Bréfritari: Þórarinn Stefánsson
Dagsetning: A-1923-10-03
Skrifað á: Vesturheimi

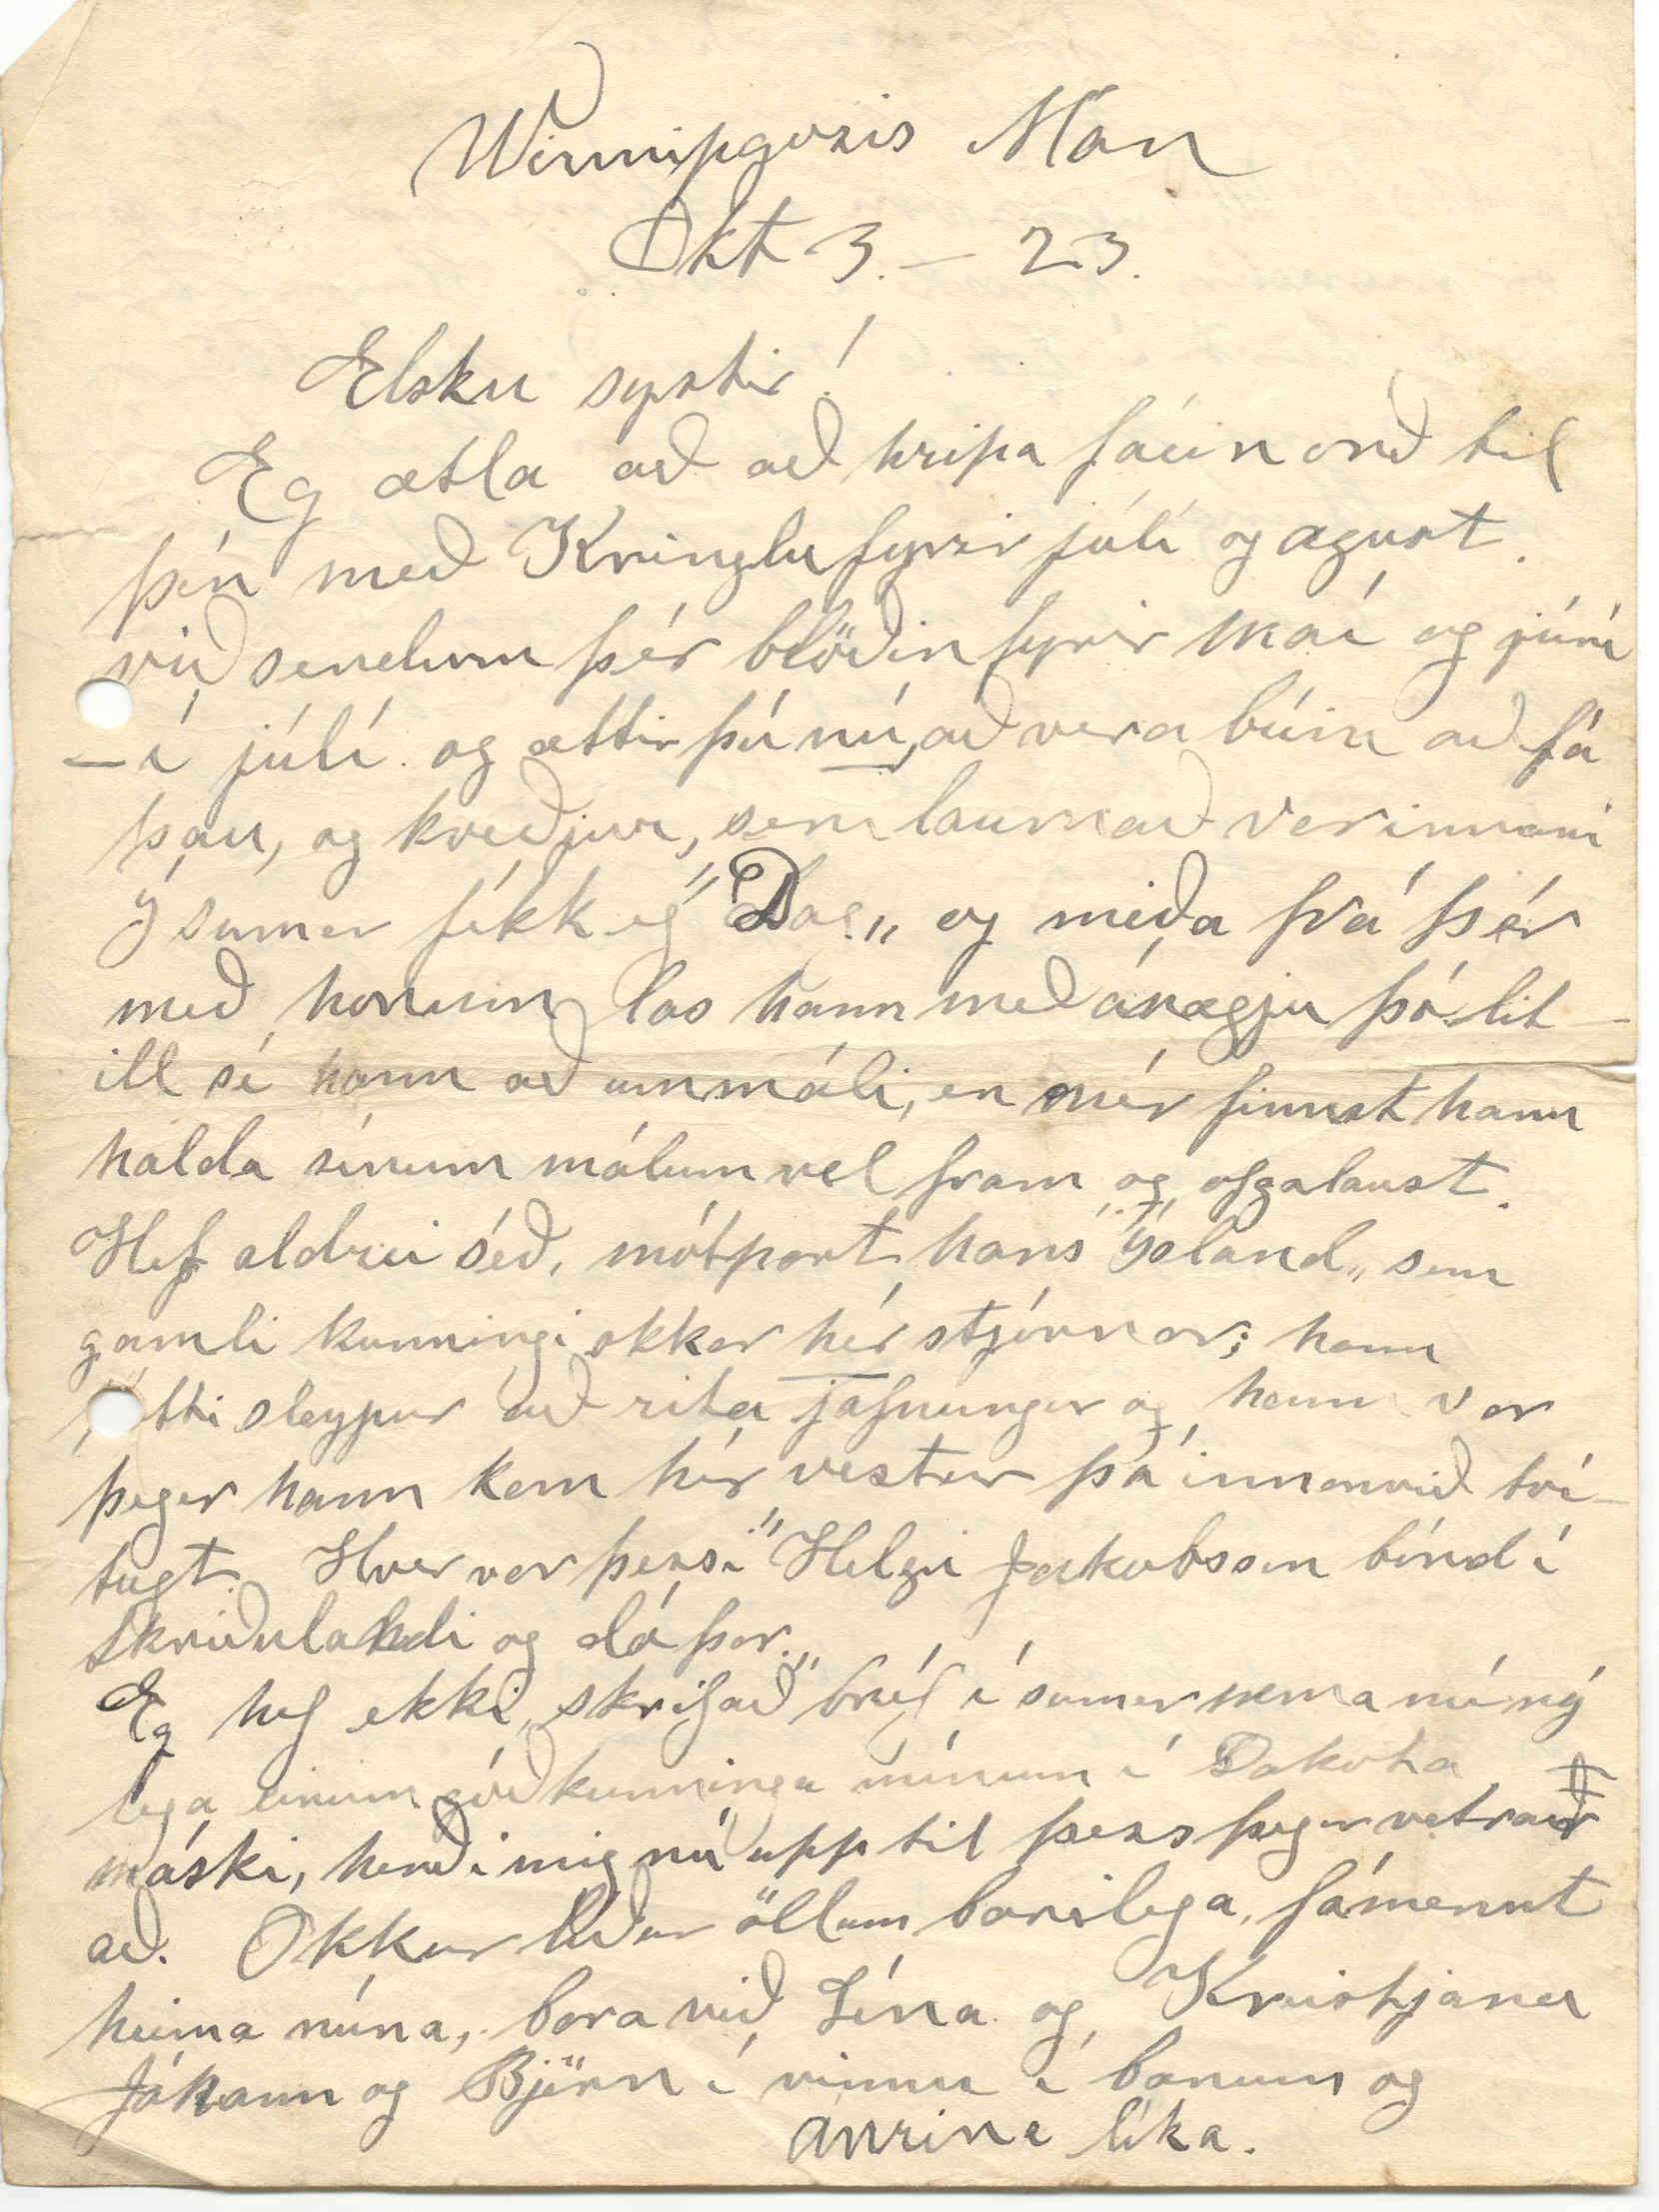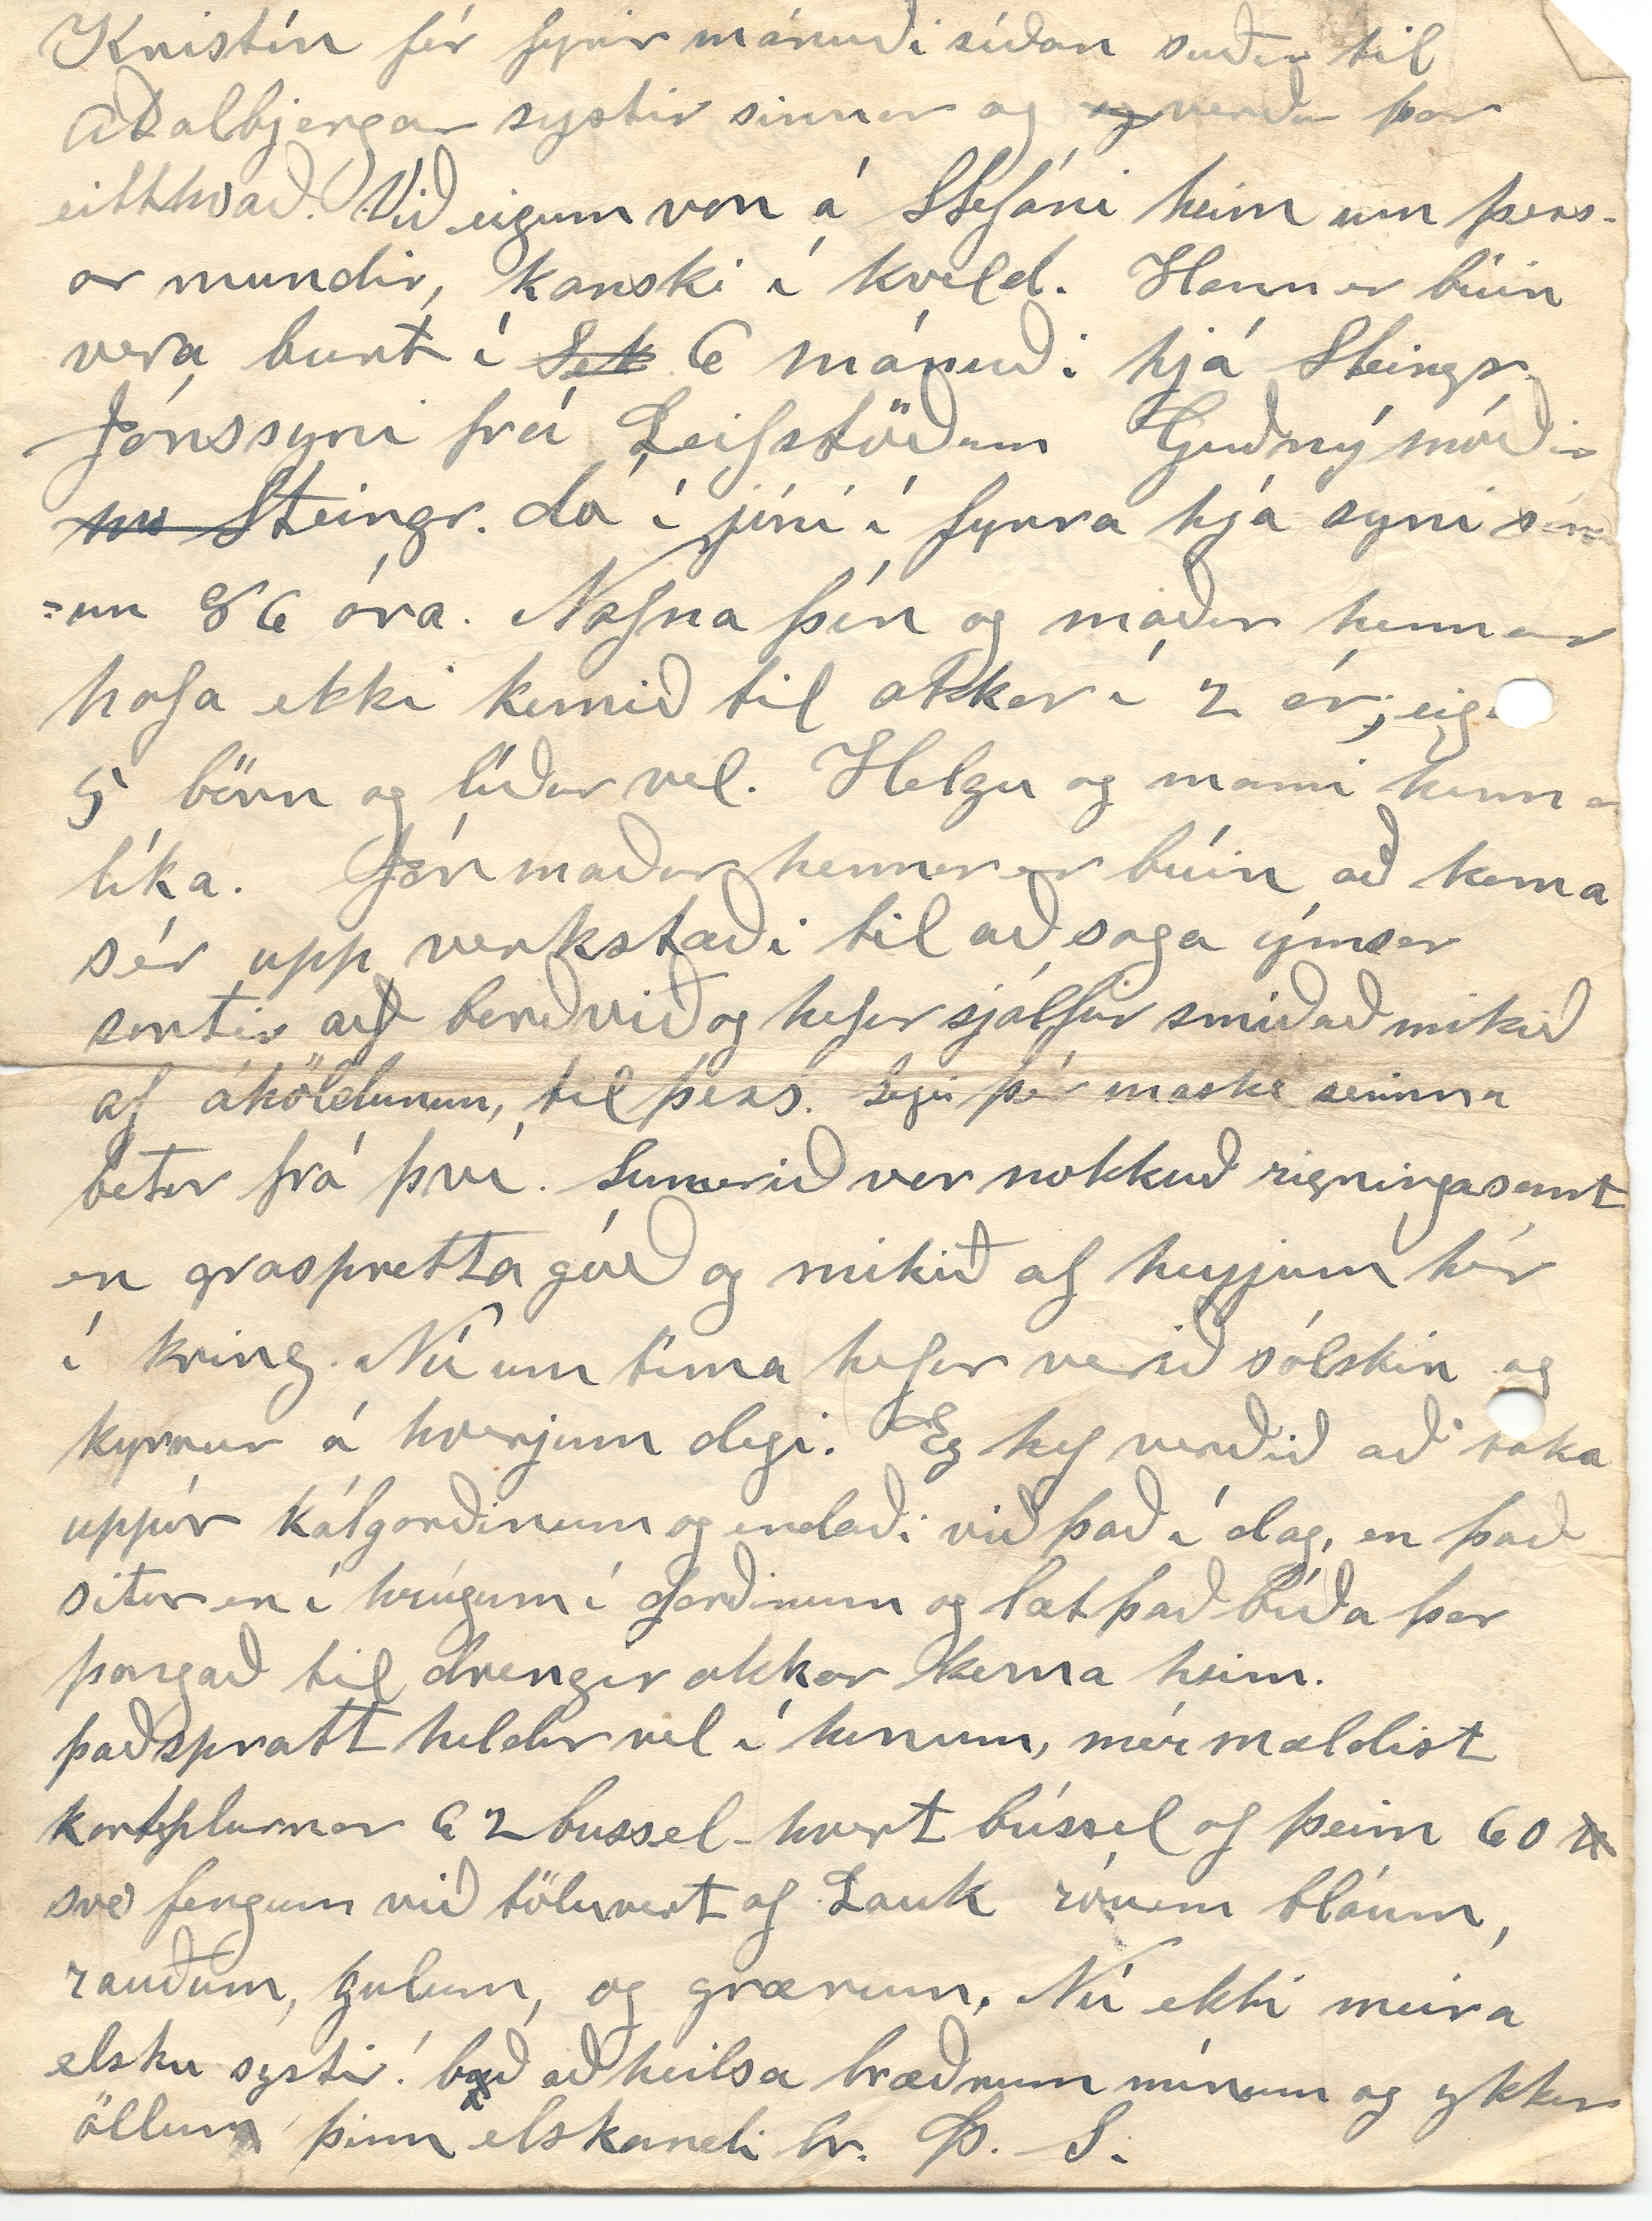

Winnipgosis Man
Okt 3. - 23.
Elsku systir!
Eg ætla að að hripa fáein orð til þín með Kringlu fyrir júlí og agust. við sendum þér blöðin fyrir maí og júní - í júlí. og ættir þú
nú
að vera búin að fá þau, og kveðjur, sem laumað var innaní Í sumar fékk eg ”Dag„ og miða frá þér með honum las hann með ánægju þó litill sé hann að ummáli, en mér finnst hann halda sínum málum vel fram og ofgalaust. Hef aldrei séð, mótpart hans ”Ísland„ sem gamli kunningi okkar
hér
stjórnar; hann
þótti
sleypur að rita jafnungur og hann var þegar hann kom hér vestur þá innanvið tvítugt. Hver var þessi ”Helgi Jakobsson bónd í Skriðulandi og dó þar„
Eg hef ekki skrifað bréf í sumar nema nú nýlega einum góðkunninga mínum í Dakota máski, herði mig nú upp til þess þegar vetra
ð
r að. Okkur líður öllum bærilega, fámennt heima núna, bara við Lína og Kristjana Jóhann og Björn í vinnu í bænum og Ánrina líka.
Kristín fór fyrir mánuði síðan suður til Aðalbjargar systir sinnar og
og
verður þar eitthvað. Við eigum von á Stefáni heim um þessar mundir, kanski í kveld. Hann er búin að vera burt í
Sek
6 mánuði hjá Steingr Jónssyni frá Leifstöðum Guðný móðir
m0
Steingr. dó í júní í fyrra hjá syni sínum 86 ára. Nafna þín og maður hennar hafa ekki komið til okkar í 2 ár; eiga 5 börn og líður vel. Helgu og mani hennar líka. Jón maður hennar er búin að koma sér upp verkstæði til að saga ýmsar sortir a
ð
f borðvið og hefur sjálfur smíðað mikið af áhöldunum, til þess. Segi þér maske seinna betur frá því. Sumarið var nokkuð rigningasamt en graspretta góð og mikið af heyjum hér í kring. Nú um tíma hefur verið sólskin og kyrrur á hverjum degi. Eg hef verðið að taka uppúr kálgarðinum og endaði við það í dag, en það situr en í hrúgum í garðinum og læt það bíða þar þangað til drengir okkar koma heim. það spratt heldur vel í honum, mér mældist kartplurnar 62 bussel - hvert bússel af þeim 60
0
svo fengum við töluvert af Lauk róum bláum, rauðum, gulum, og grænum. Nú ekki meira elsku systir! b
y
ð að heilsa bræðrum mínum og ykkur öllum þinn elskandi br. Þ. S.